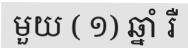
មួយ ( ១) ឆ្នាំ រឺ